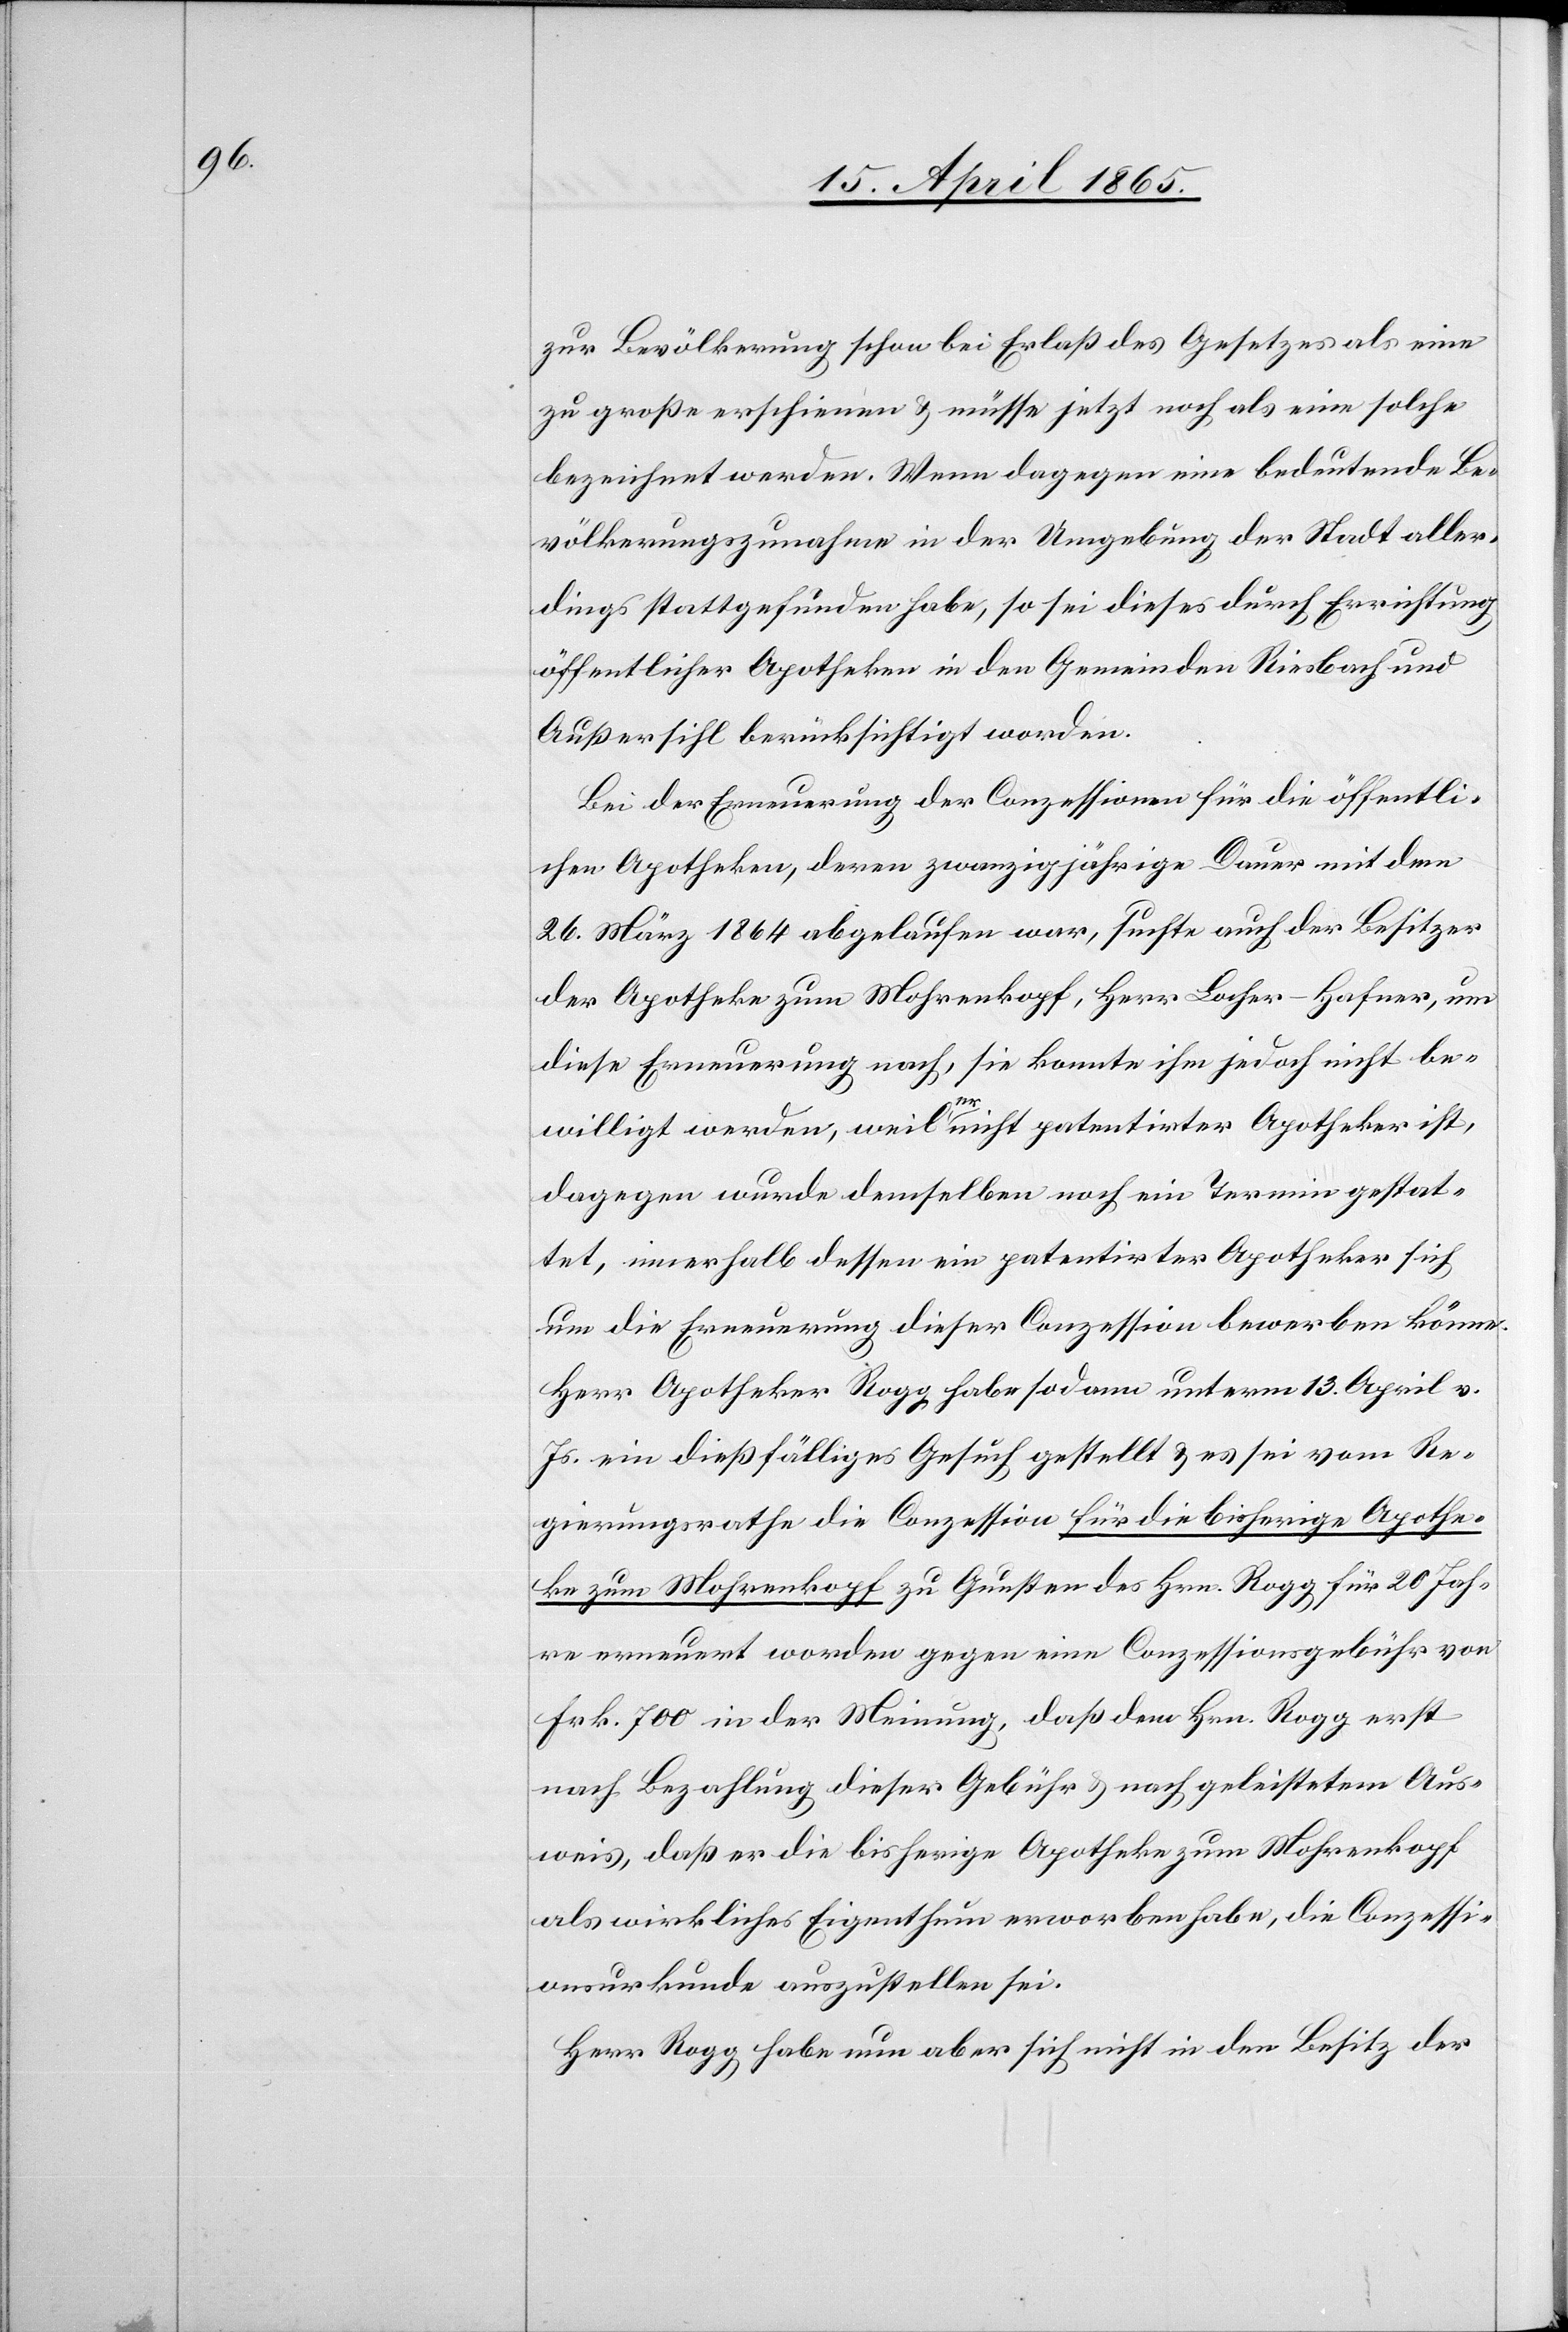
zur Bevölkerung schon bei Erlaß des Gesetzes als eine
zu große erschienen & müsse jetzt noch als eine solche
bezeichnet werden. Wenn dagegen eine bedeutende Be¬
völkerungszunahme in der Umgebung der Stadt aller¬
dings stattgefunden habe, so sei dieses durch Errichtung
öffentlicher Apotheken in den Gemeinden Riesbach und
Außersihl berücksichtig worden.
Bei der Erneuerung der Conzessionen für die öffentli¬
chen Apotheken, deren zwanzigjährige Dauer mit dem
26. März 1864 abgelaufen war, suchte auch der Besitzer
der Apotheke zum Mohrenkopf, Herr Locher-Hafner, um
diese Erneuerung nach, sie konnte ihm jedoch nicht be¬
willigt werden, weil er nicht patentirter Apotheker ist,
dagegen wurde demselben noch ein Termin gestat¬
tet, innerhalb dessen ein patentirter Apotheker sich
um die Erneuerung dieser Conzession bewerben könne.
Herr Apotheker Rogg habe sodann unterm 13. April v.
Js. ein dießfälliges Gesuch gestellt & es sei vom Re¬
gierungsrathe die Conzession für die bisherige Apothe¬
ke zum Mohrenkopf zu Gunsten des Hrn. Rogg für 20 Jah¬
re erneuert worden gegen eine Conzessionsgebühr von
Frk. 700 in der Meinung, daß dem Hrn. Rogg erst
nach Bezahlung dieser Gebühr & nach geleistetem Aus¬
weis, daß er die bisherige Apotheke zum Mohrenkopf
als wirkliches Eigenthum erworben habe, die Conzessi¬
onsurkunde auszustellen sei.
Herr Rogg habe nun aber sich nicht in den Besitz der